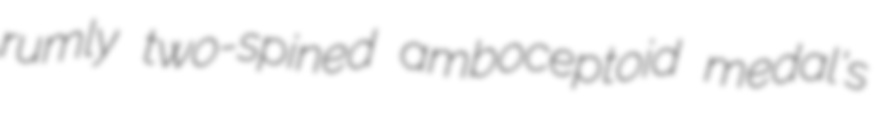
rumly two-spined amboceptoid medal's